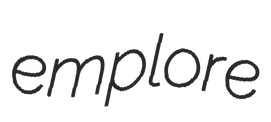
emplore